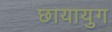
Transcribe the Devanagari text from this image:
छायायुग